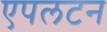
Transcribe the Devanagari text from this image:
एपलटन